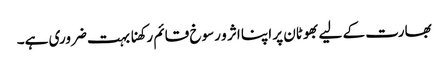
بھارت کے لیے بھوٹان پر اپنا اثر و رسوخ قائم رکھنا بہت ضروری ہے۔